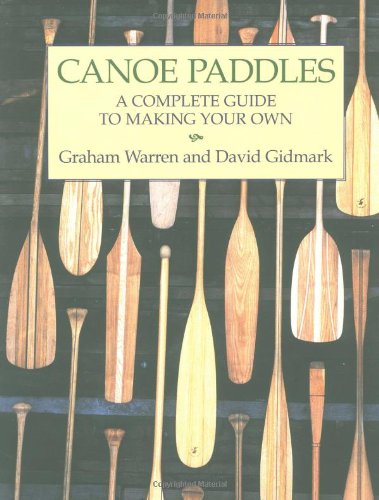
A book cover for Canoe Paddles: A Complete Guide to Making Your Own; Graham Warren; Sports & Outdoors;